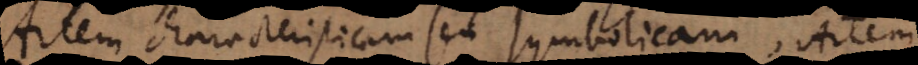
Artem characteristicam seu symbolicam, Artem